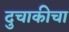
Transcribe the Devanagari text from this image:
दुचाकीचा